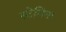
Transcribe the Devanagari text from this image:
स्टेमिना